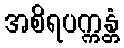
အစိရပက္ကန္တံ